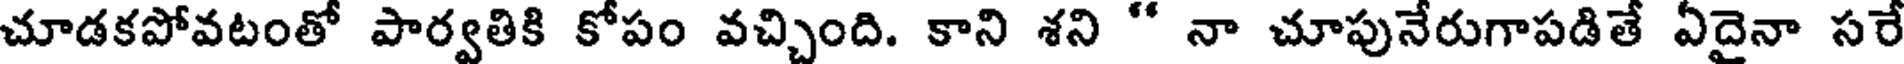
చూడకపోవటంతో పార్వతికి కోపం వచ్చింది. కాని శని " నా చూపునేరుగాపడితే ఏదైనా సరే